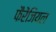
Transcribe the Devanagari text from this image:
फैरेंजियल